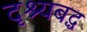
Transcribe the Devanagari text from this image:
दृश्यबद्ध